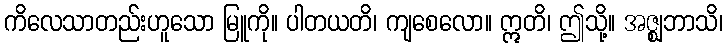
ကိလေသာတည်းဟူသော မြူကို။ ပါတယတိ၊ ကျစေလော။ ဣတိ၊ ဤသို့။ အဇ္ဈဘာသိ၊